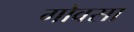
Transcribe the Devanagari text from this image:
गोवसा